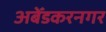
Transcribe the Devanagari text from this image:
अबेँडकरनगर